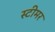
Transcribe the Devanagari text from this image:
स्‍टीमर